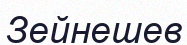
Зейнешев